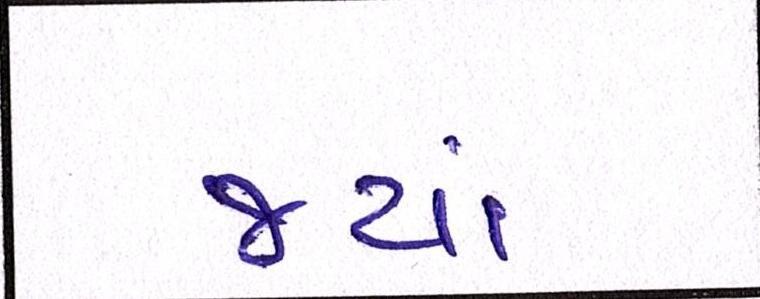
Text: જ્યાં